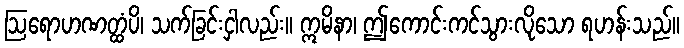
ဩရောဟဏတ္ထံပိ၊ သက်ခြင်းငှါလည်း။ ဣမိနာ၊ ဤကောင်းကင်သွားလိုသော ရဟန်းသည်။